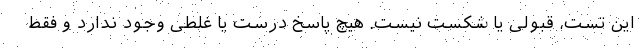
این تست، قبولی یا شکست نیست. هیچ پاسخ درست یا غلطی وجود ندارد و فقط